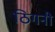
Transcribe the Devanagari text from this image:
ठिगनी